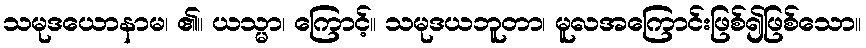
သမုဒယောနာမ၊ ၏။ ယသ္မာ၊ ကြောင့်။ သမုဒယဘူတာ၊ မူလအကြောင်းဖြစ်၍ဖြစ်သော။